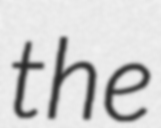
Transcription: the